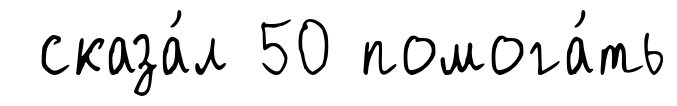
сказа́л 50 помога́ть